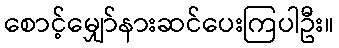
စောင့်မျှော်နားဆင်ပေးကြပါဦး။